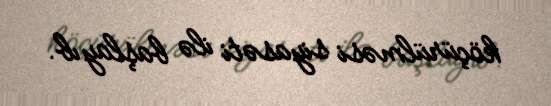
köçürülməsi siyasəti ilə başlayıb.